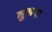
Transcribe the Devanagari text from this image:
तु्लना